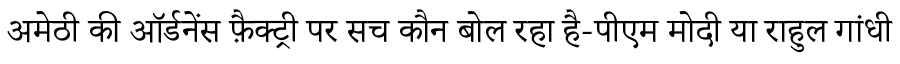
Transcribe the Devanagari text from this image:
अमेठी की ऑर्डनेंस फ़ैक्ट्री पर सच कौन बोल रहा है-पीएम मोदी या राहुल गांधी